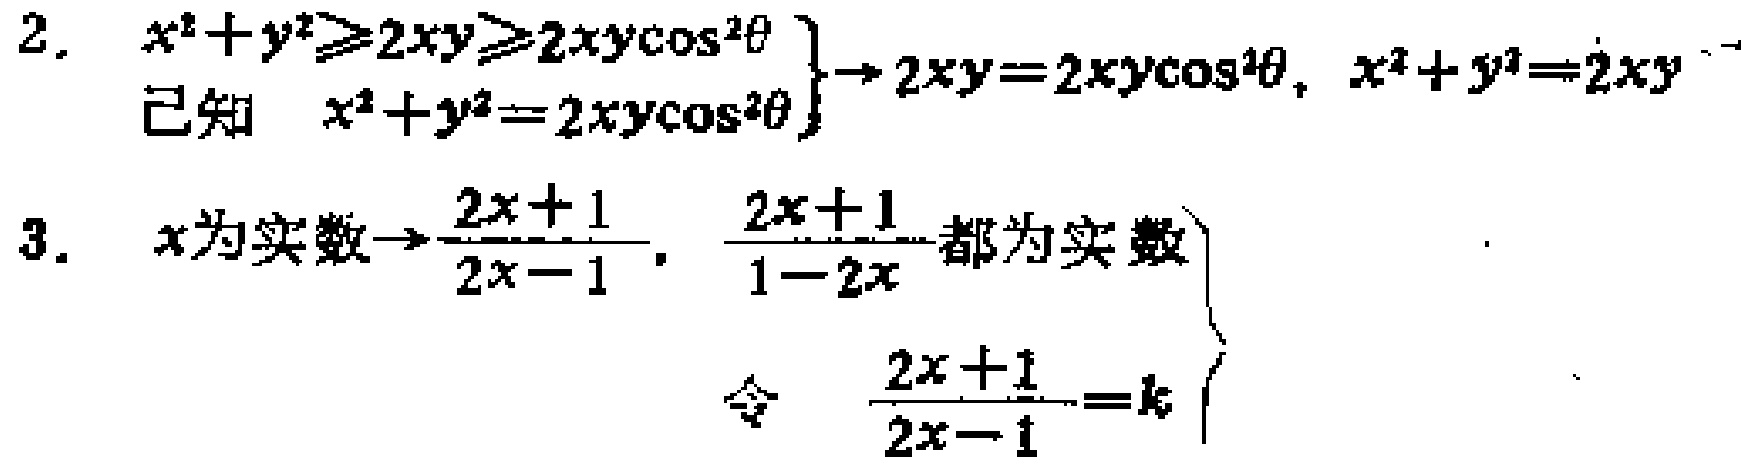
2. $\left.\begin{array}{l}
x^{2}+y^{2}\geqslant2xy\geqslant2xy\cos^{2}\theta\\
\text{已知 }x^{2}+y^{2}=2xy\cos^{2}\theta
\end{array}\right\}\to 2xy = 2xy\cos^{2}\theta,\ x^{2}+y^{2}=2xy$
3. $\left.\begin{array}{l}
x\text{为实数}\to\frac{2x + 1}{2x - 1},\ \frac{2x + 1}{1 - 2x}\text{都为实数}\\
\text{令 }\frac{2x + 1}{2x - 1}=k
\end{array}\right\}$